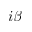
i \beta